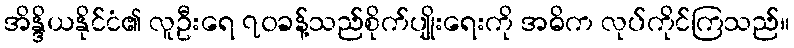
အိန္ဒိယနိုင်ငံ၏ လူဦးရေ ၇၀ခန့်သည်စိုက်ပျိုးရေးကို အဓိက လုပ်ကိုင်ကြသည်။